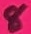
Text: 8